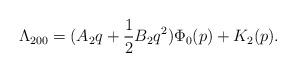
LaTeX: \begin{align*} \Lambda_{200}=(A_{2} q+\frac{1}{2}B_{2}q^2)\Phi_0(p)+K_2(p).\end{align*}